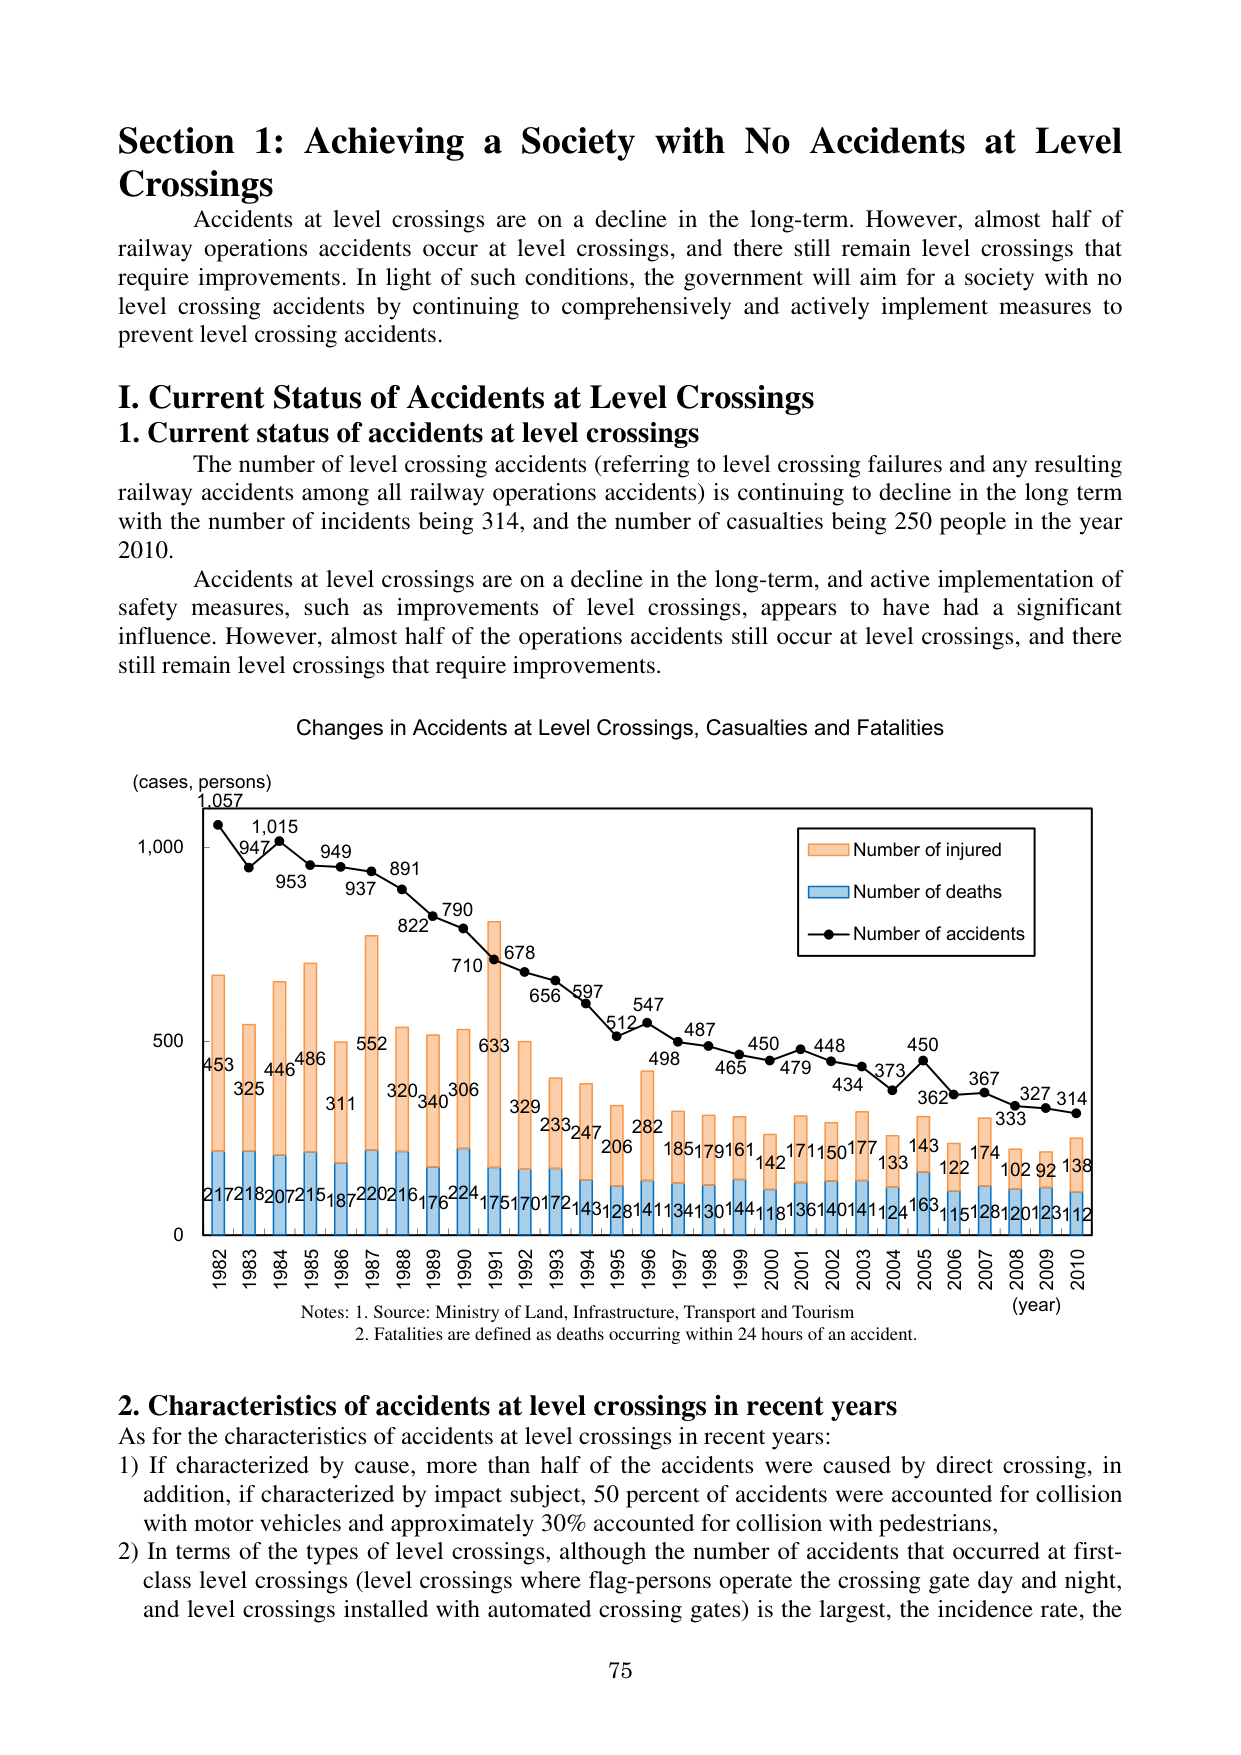
Section 1: Achieving a Society with No Accidents at Level Crossings

Accidents at level crossings are on a decline in the long-term. However, almost half of railway operations accidents occur at level crossings, and there still remain level crossings that require improvements. In light of such conditions, the government will aim for a society with no level crossing accidents by continuing to comprehensively and actively implement measures to prevent level crossing accidents.

I. Current Status of Accidents at Level Crossings
1. Current status of accidents at level crossings

The number of level crossing accidents (referring to level crossing failures and any resulting railway accidents among all railway operations accidents) is continuing to decline in the long term with the number of incidents being 314, and the number of casualties being 250 people in the year 2010.

Accidents at level crossings are on a decline in the long-term, and active implementation of safety measures, such as improvements of level crossings, appears to have had a significant influence. However, almost half of the operations accidents still occur at level crossings, and there still remain level crossings that require improvements.

Changes in Accidents at Level Crossings, Casualties and Fatalities

(cases, persons)

1,057
1,000
500
0

1982 1983 1984 1985 1986 1987 1988 1989 1990 1991 1992 1993 1994 1995 1996 1997 1998 1999 2000 2001 2002 2003 2004 2005 2006 2007 2008 2009 2010

(year)

Legend:
- Orange bar: Number of injured
- Blue bar: Number of deaths
- Black line with dots: Number of accidents

Data points on graph:
- 1982: 1,057 (accidents), 453 (injured), 217 (deaths)
- 1983: 947 (accidents), 325 (injured), 218 (deaths)
- 1984: 1,015 (accidents), 446 (injured), 207 (deaths)
- 1985: 953 (accidents), 486 (injured), 215 (deaths)
- 1986: 949 (accidents), 311 (injured), 187 (deaths)
- 1987: 937 (accidents), 552 (injured), 220 (deaths)
- 1988: 891 (accidents), 320 (injured), 216 (deaths)
- 1989: 822 (accidents), 340 (injured), 176 (deaths)
- 1990: 790 (accidents), 306 (injured), 224 (deaths)
- 1991: 710 (accidents), 633 (injured), 175 (deaths)
- 1992: 678 (accidents), 329 (injured), 170 (deaths)
- 1993: 656 (accidents), 233 (injured), 172 (deaths)
- 1994: 597 (accidents), 247 (injured), 143 (deaths)
- 1995: 512 (accidents), 206 (injured), 128 (deaths)
- 1996: 547 (accidents), 282 (injured), 141 (deaths)
- 1997: 498 (accidents), 185 (injured), 113 (deaths)
- 1998: 487 (accidents), 179 (injured), 130 (deaths)
- 1999: 465 (accidents), 161 (injured), 144 (deaths)
- 2000: 450 (accidents), 142 (injured), 118 (deaths)
- 2001: 479 (accidents), 171 (injured), 136 (deaths)
- 2002: 448 (accidents), 150 (injured), 140 (deaths)
- 2003: 434 (accidents), 177 (injured), 141 (deaths)
- 2004: 373 (accidents), 133 (injured), 124 (deaths)
- 2005: 450 (accidents), 143 (injured), 163 (deaths)
- 2006: 362 (accidents), 122 (injured), 115 (deaths)
- 2007: 367 (accidents), 174 (injured), 128 (deaths)
- 2008: 333 (accidents), 102 (injured), 120 (deaths)
- 2009: 327 (accidents), 92 (injured), 123 (deaths)
- 2010: 314 (accidents), 138 (injured), 112 (deaths)

Notes:
1. Source: Ministry of Land, Infrastructure, Transport and Tourism
2. Fatalities are defined as deaths occurring within 24 hours of an accident.

2. Characteristics of accidents at level crossings in recent years

As for the characteristics of accidents at level crossings in recent years:
1) If characterized by cause, more than half of the accidents were caused by direct crossing, in addition, if characterized by impact subject, 50 percent of accidents were accounted for collision with motor vehicles and approximately 30% accounted for collision with pedestrians,
2) In terms of the types of level crossings, although the number of accidents that occurred at first-class level crossings (level crossings where flag-persons operate the crossing gate day and night, and level crossings installed with automated crossing gates) is the largest, the incidence rate, the

75